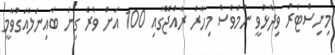
މިނިސްޓަރު ވިދާޅުވީ ނަމަވެސް މިހާރު ރާއްޖޭގައި 100 އަށް ވުރެ ގިނަ ބައިނަލްއަގުވާމީ